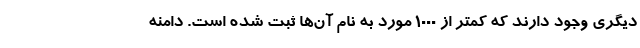
دیگری وجود دارند که کمتر از ۱۰۰۰ مورد به نام آن‌ها ثبت شده است. دامنه